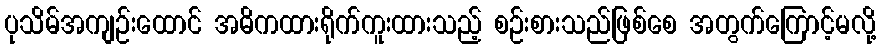
ပုသိမ်အကျဉ်းထောင် အဓိကထားရိုက်ကူးထားသည့် စဉ်းစားသည်ဖြစ်စေ အတွက်ကြောင့်မလို့